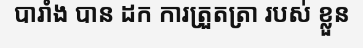
បារាំង បាន ដក ការត្រួតត្រា របស់ ខ្លួន